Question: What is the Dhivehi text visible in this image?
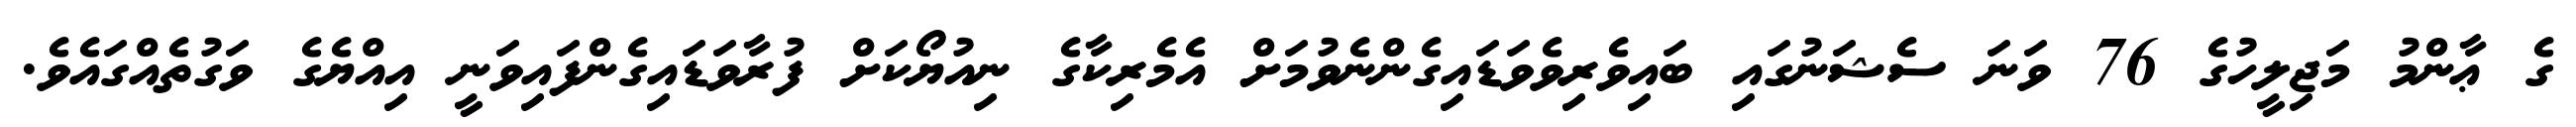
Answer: ގެ ޢާންމު މަޖިލީހުގެ 76 ވަނަ ސެޝަނުގައި ބައިވެރިވެވަޑައިގެންނެވުމަށް އެމެރިކާގެ ނިއުޔޯކަށް ފުރާވަޑައިގެންފައިވަނީ އިއްޔެގެ ވަގުތެއްގައެވެ.